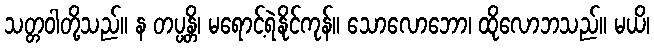
သတ္တဝါတို့သည်။ န တပ္ပန္တိ၊ မရောင့်ရဲနိုင်ကုန်။ သောလောဘော၊ ထိုလောဘသည်။ မယိ၊